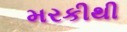
મરકીથી